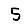
Digit: 5